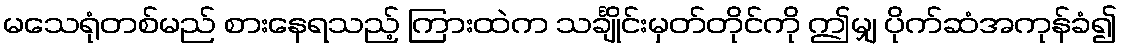
မသေရုံတစ်မည် စားနေရသည့် ကြားထဲက သင်္ချိုင်းမှတ်တိုင်ကို ဤမျှ ပိုက်ဆံအကုန်ခံ၍